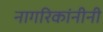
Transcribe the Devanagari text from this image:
नागरिकांनीनी